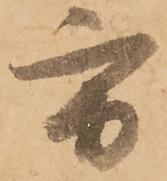
方